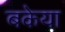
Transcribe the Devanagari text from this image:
बकेया